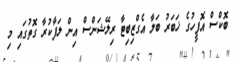
ބޮކްސް އޮފީހުގެ ޚަބަރު ބަލާ އެގްޒިބިޓާ ރިލޭޝަންސް އިން ލަފާކުރާ ގޮތުގައި މި